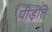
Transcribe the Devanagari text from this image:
पीड़ति